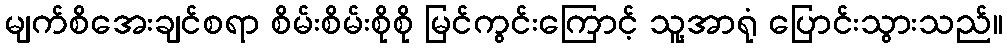
မျက်စိအေးချင်စရာ စိမ်းစိမ်းစိုစို မြင်ကွင်းကြောင့် သူ့အာရုံ ပြောင်းသွားသည်။